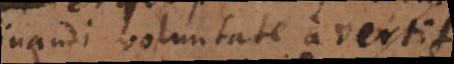
nandi voluntate avertit